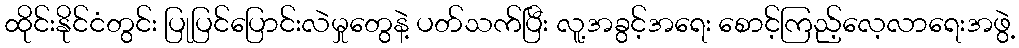
ထိုင်းနိုင်ငံတွင်း ပြုပြင်ပြောင်းလဲမှုတွေနဲ့ ပတ်သက်ပြီး လူ့အခွင့်အရေး စောင့်ကြည့်လေ့လာရေးအဖွဲ့